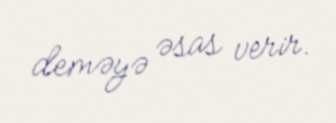
deməyə əsas verir.